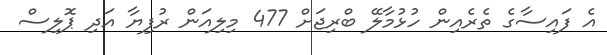
އެ ފައިސާގެ ތެރެއިން ހުޅުމާލޭ ބްރިޖަށް 477 މިލިއަން ރުފިޔާ އަދި ޕޮލިސް